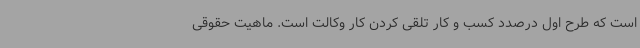
است که طرح اول درصدد کسب و کار تلقی کردن کار وکالت است. ماهیت حقوقی